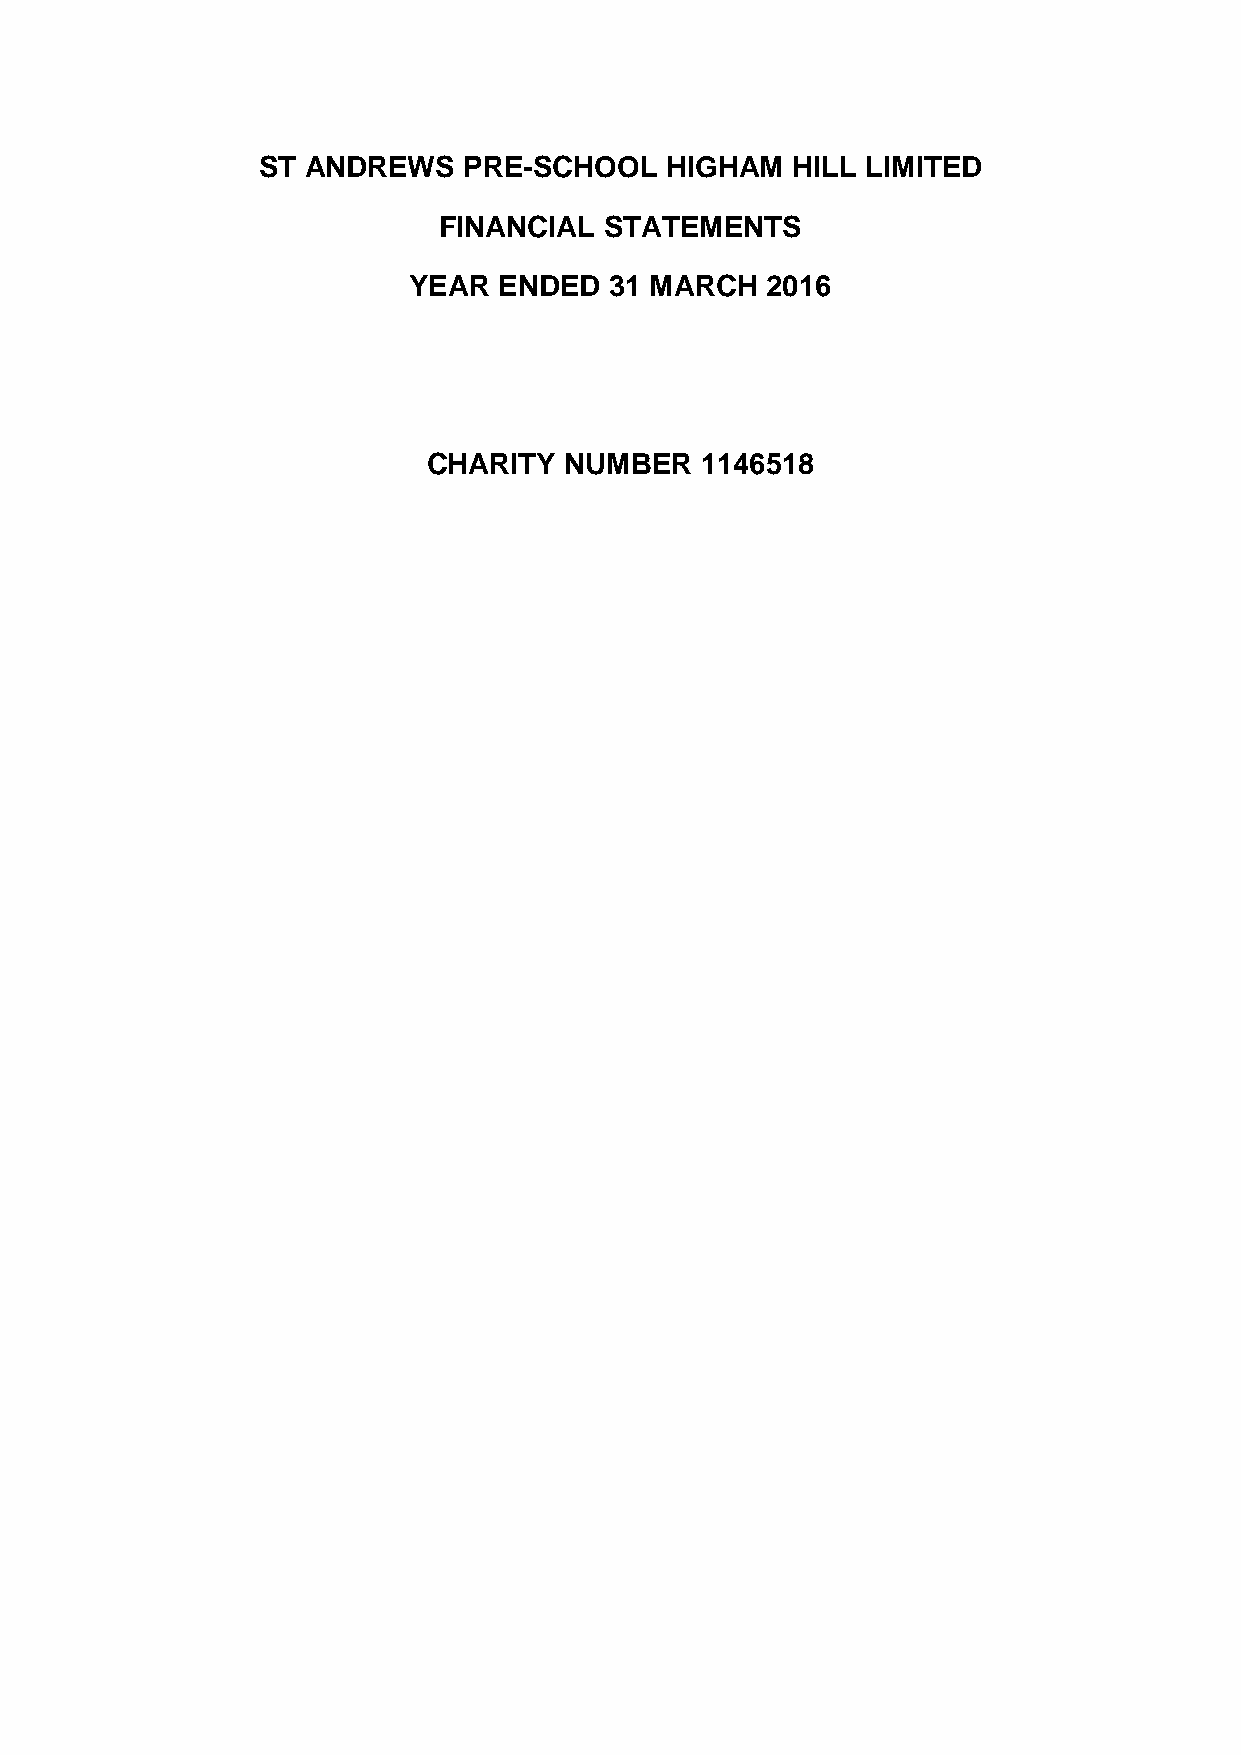
ST ANDREWS    PRE-SCHOOL   HIGHAM  HILL LIMITED
 FINANCIAL  STATEMENTS
 YEAR  ENDED  31 MARCH   2016
 CHARITY  NUMBER   1146518